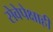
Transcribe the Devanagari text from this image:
सेवेपेक्षाही